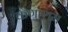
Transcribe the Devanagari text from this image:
कणाशम